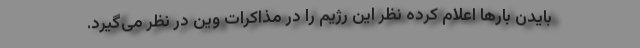
بایدن بارها اعلام کرده نظر این رژیم را در مذاکرات وین در نظر می‌گیرد.